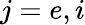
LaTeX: j=e,i